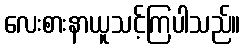
လေးစားနာယူသင့်ကြပါသည်။